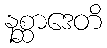
နစ္ဆာဒေတိ